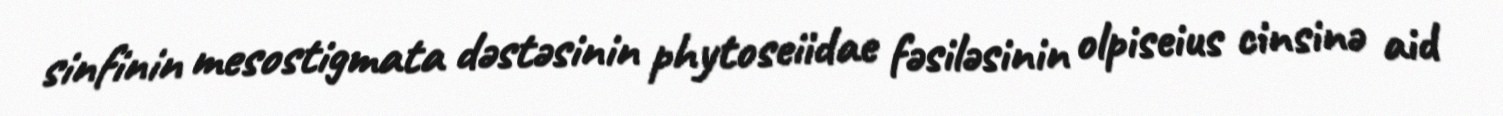
sinfinin mesostigmata dəstəsinin phytoseiidae fəsiləsinin olpiseius cinsinə aid